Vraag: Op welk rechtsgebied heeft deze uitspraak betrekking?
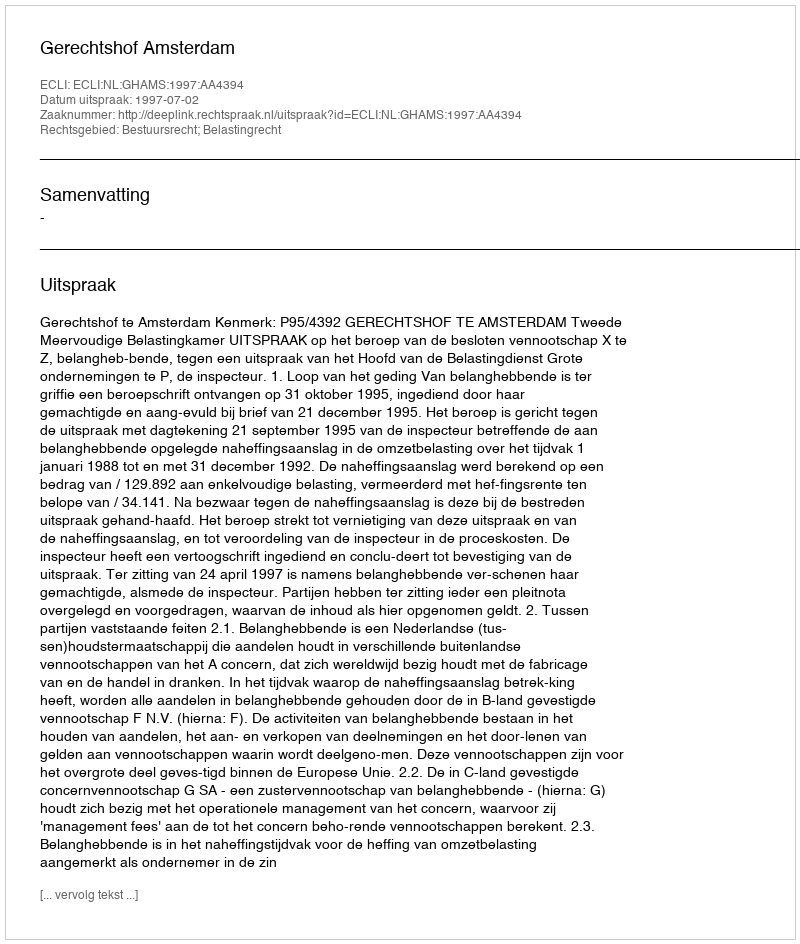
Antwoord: Bestuursrecht; Belastingrecht